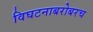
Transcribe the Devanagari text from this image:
विघटनाबरोबरच